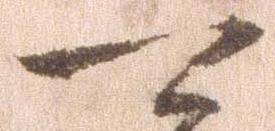
可